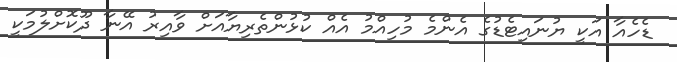
ޑެހެއާ އަކީ ޔުނައިޓެޑުގެ އެންމެ މުހިއްމު އެއް ކުޅުންތެރިޔާއަށް ވާއިރު އޭނާ ދޫކޮށްލުމަކީ